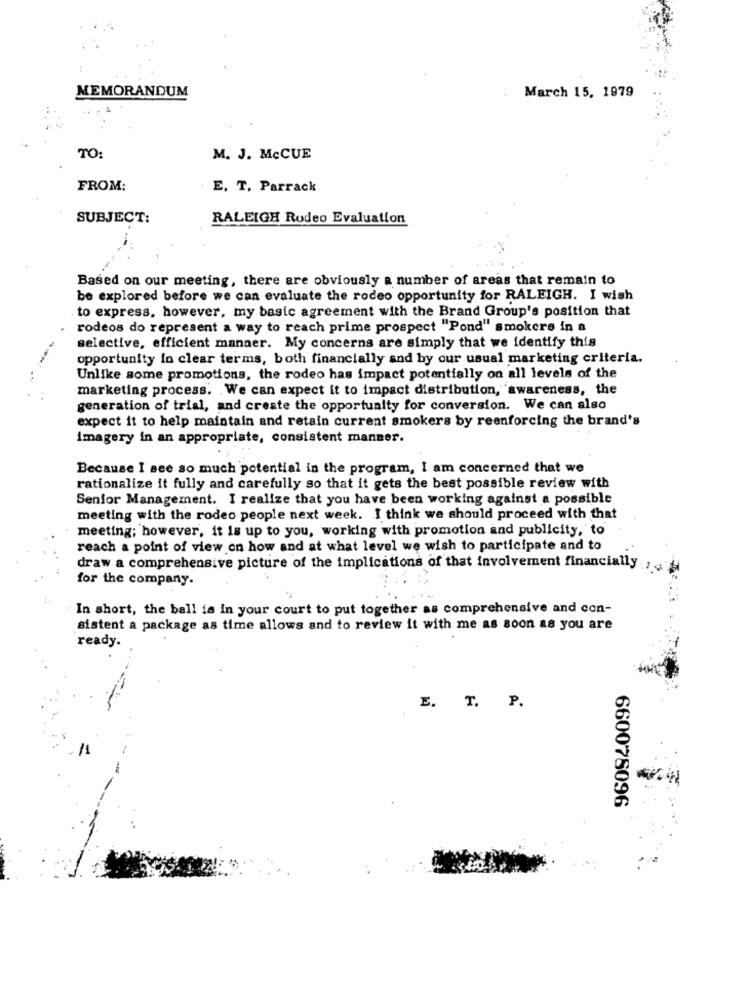
MEMORANDUM
March 15, 1979
TO:
M. J. MeCUE
FROM:
E. T, Parrack
SUBJECT:
RALEIGH Rodeo Evaluation
Based on our meeting, there are obviously a number of areas that remain to
be explored before we can evaluate the rodeo opportunity for RALEIGH. I wish
to express, however, my basic agreement with the Brand Group's position that
rodeos do represent a way to reach prime prospect "Pond" smokers in a
selective, efficient manner. My concerns are simply that we identify this
opportunity in clear terms, both financially and by our usual marketing criteria.
Unlike some promotions, the rodeo has impact potentially on all levels of the
marketing process. We can expect it to impact distribution, awareness, the
generation of trial, and create the opportunity for conversion. We can also
expect it to help maintain and retain current smokers by reenforcing the brand's
imagery in an appropriate, consistent manner.
Because I see so much potential in the program, I am concerned that we
rationalize it fully and carefully so that it gets the best possible review with
Senfor Management. I realize that you have been working against a possible
meeting with the rodeo people next week. I think we should proceed with that
meeting; however, it is up to you, working with promotion and publicity, to
reach a point of view on how and at what level we wish to participate and to
draw a comprehensive picture of the implications of that involvement financially ,
for the company.
In short, the ball ia in your court to put together as comprehensive and con-
sistent a package as time allows and to review it with me as soon as you are
ready.
E. T. P.
660078096